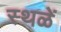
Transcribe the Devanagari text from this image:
स्थळें